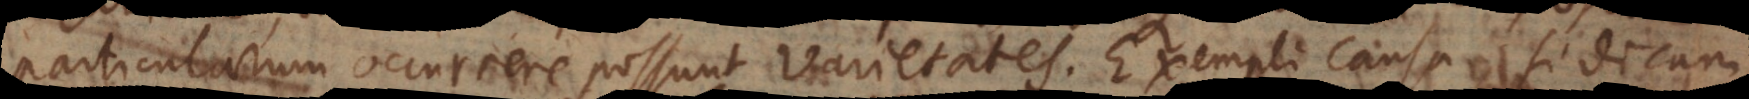
particularum occurrere possunt varietates. Exempli causa, si dicam